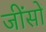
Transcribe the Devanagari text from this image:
जींसों